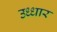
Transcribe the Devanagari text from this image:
उध्धार